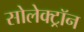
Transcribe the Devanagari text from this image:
सोलेक्ट्रॉन